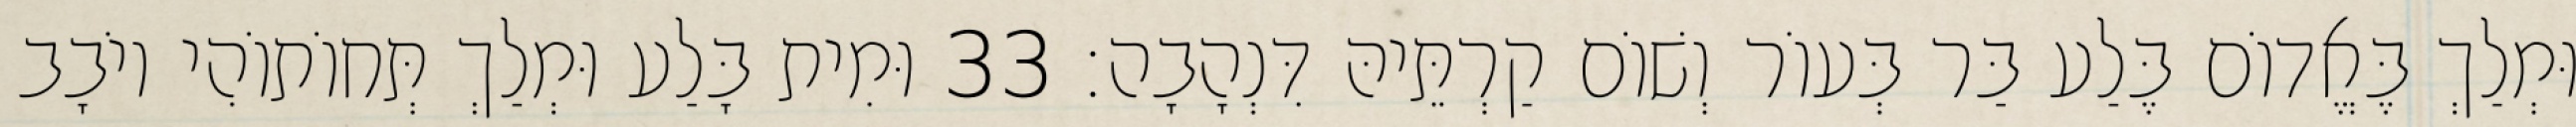
וּמְלַךְ בֶּאֱדוֹם בֶּלַע בַּר בְּעוֹר וְשׁוֹם קַרְתֵּיהּ דִּנְהָבָה׃ 33 וּמִית בָּלַע וּמְלַךְ תְּחוֹתוֹהִי יוֹבָב